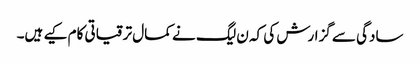
سادگی سے گزارش کی کہ ن لیگ نے کمال ترقیاتی کام کیے ہیں۔